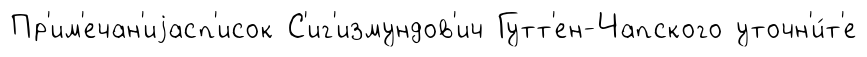
Пр'им'ечан'иjасп'исок С'иг'измундов'ич Гутт'ен-Чапского уточн'и́т'е